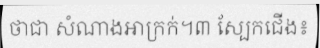
ថាជា សំណាងអាក្រក់។៣ ស្បែកជើង៖